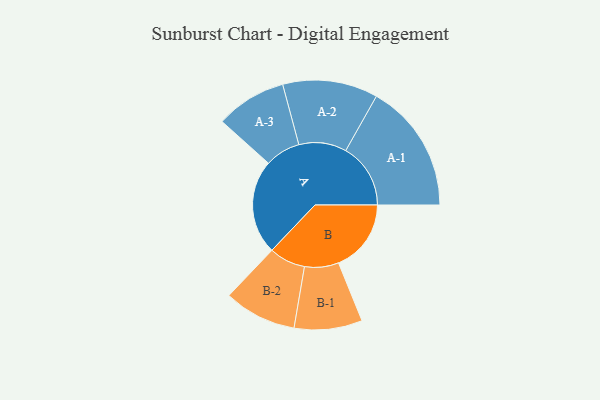
{"axis": {"x": "Segment", "y": "Value"}, "legend": ["", "A", "B"], "data": [{"x": "A", "y": 411, "type": ""}, {"x": "B", "y": 316, "type": ""}, {"x": "A-1", "y": 282, "type": "A"}, {"x": "A-2", "y": 207, "type": "A"}, {"x": "A-3", "y": 154, "type": "A"}, {"x": "B-1", "y": 148, "type": "B"}, {"x": "B-2", "y": 158, "type": "B"}]}